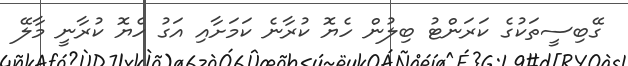
ގޭބިސީތަކުގެ ކަރަންޓު ބިލުން ހެޔޮ ކުރާނެ ކަމަށާއި އަގު ހެޔޮ ކުރާނީ މާލޭ